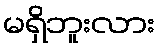
မရှိဘူးလား